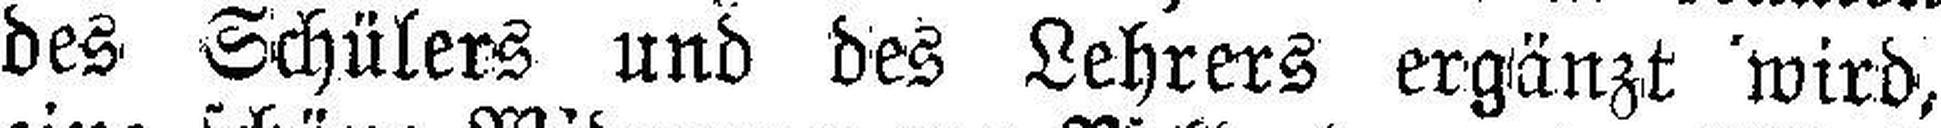
des Schülers und des Lehrers ergänzt wird,